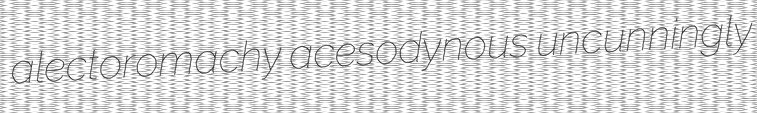
alectoromachy acesodynous uncunningly